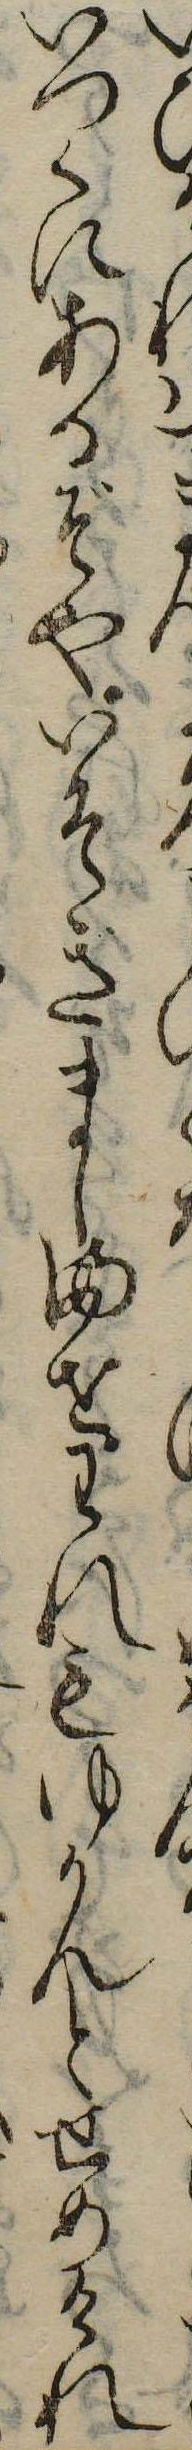
いばまいつくにあるぞやいそぎましませわれもゆかんとせめけれ